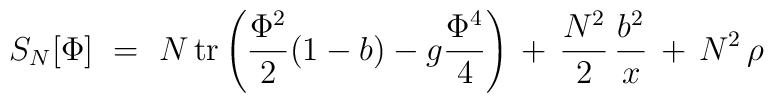
S_N[\Phi]\ =\ N\,{\rm tr}\left({\Phi^2\over 2}(1-b)-g{\Phi^4\over 4}\right)\,+\,{N^2\over 2}\,{b^2\over x}\,+\,N^2\,\rho